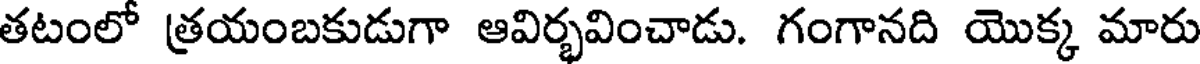
తటంలో త్రయంబకుడుగా ఆవిర్భవించాడు. గంగానది యొక్క మారు